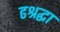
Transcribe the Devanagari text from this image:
ढश्रद्धा